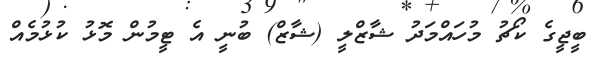
ބީޖީގެ ކޯޗު މުހައްމަދު ޝާޒްލީ (ޝާޒް) ބުނީ އެ ޓީމުން މޮޅު ކުޅުމެއް